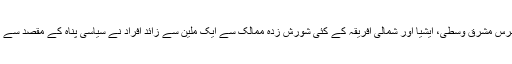
يہ امر اہم ہے کہ گزشتہ برس مشرق وسطی، ايشيا اور شمالی افريقہ کے کئی شورش زدہ ممالک سے ايک ملين سے زائد افراد نے سياسی پناہ کے مقصد سے يورپی براعظم کا رخ کيا۔